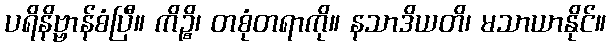
ပရိနိဗ္ဗာန်စံပြီ။ ကိဉ္စိ၊ တစုံတရာကို။ နသာဒိယတိ၊ မသာယာနိုင်။